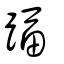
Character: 踾